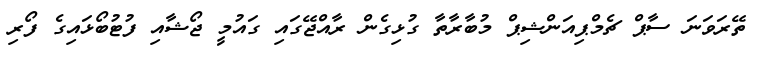
ތޭރަވަނަ ސާޕް ޗެމްޕިއަންޝިޕް މުބާރާތާ ގުޅިގެން ރާއްޖޭގައި ގައުމީ ޖޯޝާއި ފުޓުބޯޅައިގެ ފޯރި